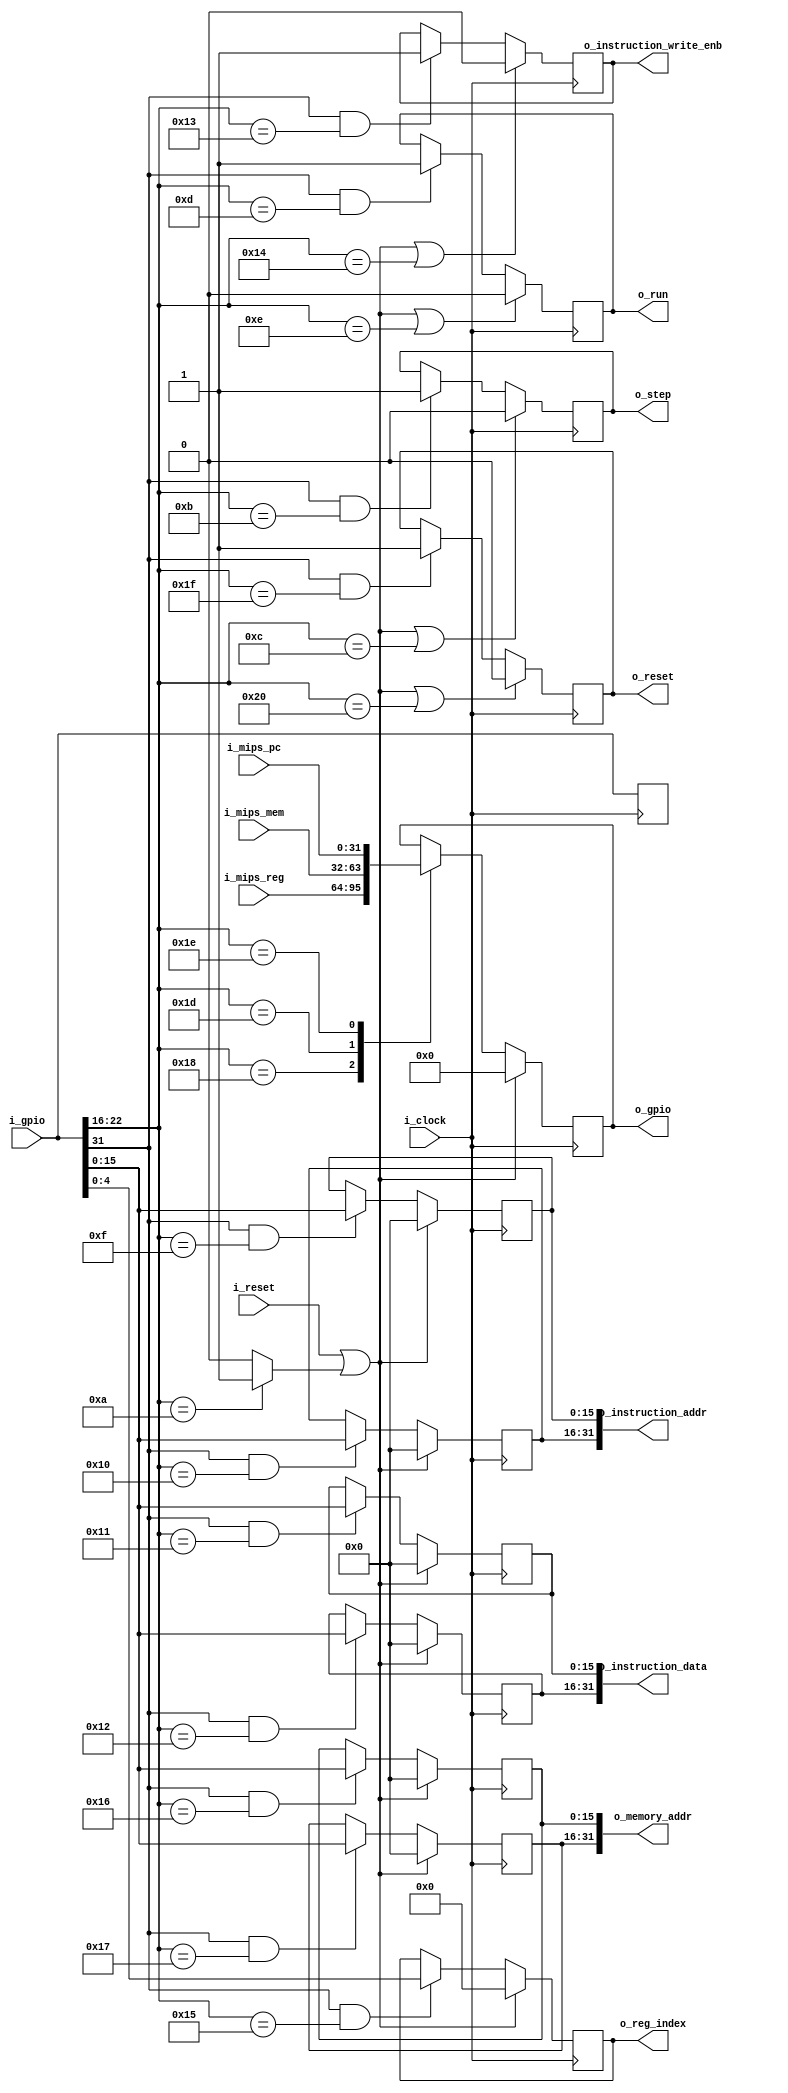
`timescale 1ns / 100ps

/*
    Operaciones que debe soportar :
        - setear el registro step
        - limpiar el registro step
        - setear el registro run
        - limpiar el registro run
        - setear intr_addr_low
        - setear intr_addr_high
        - setear intr_data_low
        - setear intr_data_high
        - setear instr_wite_enable
        - limpiar instr_write_enable
        - setear index para seleccionar lectura de algun registro
        - setear memory_read_addr_low
        - setear memory_read_addr_high
        - setear output_data con el mips_data_rf
*/

module debug_unit
#(
    parameter NB_GPIO       = 32,
    parameter NB_PC         = 32,
    parameter N_REG         = 32,
    parameter _NB_INDEX_REG = $clog2(N_REG)
    
 )
 (
    input  wire                             i_clock,
    input  wire                             i_reset,
    input  wire [NB_GPIO - 1 : 0]           i_gpio,

    input  wire [NB_GPIO - 1 : 0]           i_mips_reg,
    input  wire [NB_GPIO - 1 : 0]           i_mips_mem,
    input  wire [NB_GPIO - 1 : 0]           i_mips_pc,


    output wire [NB_GPIO - 1 : 0]           o_gpio,
    output wire                             o_run,
    output wire                             o_step,

    output wire [NB_PC - 1 : 0]             o_instruction_addr,
    output wire [NB_PC - 1 : 0]             o_instruction_data,
    output wire                             o_instruction_write_enb,

    output wire [NB_PC - 1 : 0]             o_memory_addr,
    output wire [_NB_INDEX_REG - 1 : 0]     o_reg_index,
    output wire                             o_reset
 );


localparam NB_ADDR      = 7;
localparam NB_DATA      = 24; // slice of data from i_gpio
localparam NB_HALF      = 16;

localparam POS_DATA     = 0;
localparam POS_ENABLE   = 31;
localparam POS_ADDR     = 16;



localparam [NB_ADDR - 1 : 0]    OP_CLR_ALL              = 'd10;
localparam [NB_ADDR - 1 : 0]    OP_SET_STEP             = 'd11;
localparam [NB_ADDR - 1 : 0]    OP_CLR_STEP             = 'd12;
localparam [NB_ADDR - 1 : 0]    OP_SET_RUN              = 'd13;
localparam [NB_ADDR - 1 : 0]    OP_CLR_RUN              = 'd14;
localparam [NB_ADDR - 1 : 0]    OP_SET_INSTR_ADDR_LOW   = 'd15;
localparam [NB_ADDR - 1 : 0]    OP_SET_INSTR_ADDR_HIGH  = 'd16;
localparam [NB_ADDR - 1 : 0]    OP_SET_INSTR_DATA_LOW   = 'd17;
localparam [NB_ADDR - 1 : 0]    OP_SET_INSTR_DATA_HIGH  = 'd18;
localparam [NB_ADDR - 1 : 0]    OP_SET_INSTR_WRITE_ENB  = 'd19;
localparam [NB_ADDR - 1 : 0]    OP_CLR_INSTR_WRITE_ENB  = 'd20;
localparam [NB_ADDR - 1 : 0]    OP_SET_REG_INDEX        = 'd21;
localparam [NB_ADDR - 1 : 0]    OP_SET_MEM_ADDR_LOW     = 'd22;
localparam [NB_ADDR - 1 : 0]    OP_SET_MEM_ADDR_HIGH    = 'd23;
localparam [NB_ADDR - 1 : 0]    OP_GET_ODATA_MIPS_RF    = 'd24;
localparam [NB_ADDR - 1 : 0]    OP_GET_ODATA_IF_ID      = 'd25;
localparam [NB_ADDR - 1 : 0]    OP_GET_ODATA_ID_EX      = 'd26;
localparam [NB_ADDR - 1 : 0]    OP_GET_ODATA_EX_MEM     = 'd27;
localparam [NB_ADDR - 1 : 0]    OP_GET_ODATA_MEM_WRB    = 'd28;
localparam [NB_ADDR - 1 : 0]    OP_GET_ODATA_MEMORY     = 'd29;
localparam [NB_ADDR - 1 : 0]    OP_GET_ODATA_PC         = 'd30;

localparam [NB_ADDR - 1 : 0]    OP_SET_RESET_UP         = 'd31;
localparam [NB_ADDR - 1 : 0]    OP_SET_RESET_DOWN       = 'd32;



// Input port slice signals
wire [NB_ADDR - 1 : 0]      input_addr;
wire [NB_DATA - 1 : 0]      input_data;
wire                        input_enable;
wire                        clr_all;


//registro para que no joda que hay cosas desconectadas
(* keep = "true" *) reg [NB_GPIO - 1 : 0] todo;

assign input_addr   = i_gpio[POS_ADDR +: NB_ADDR];
assign input_data   = i_gpio[POS_DATA +: NB_DATA] ;
assign input_enable = i_gpio[POS_ENABLE] ;
assign clr_all      = (input_addr == OP_CLR_ALL) ? 1'b1 : 1'b0;

// instruction config regs
reg [NB_HALF - 1 : 0]       instruction_data_low;
reg [NB_HALF - 1 : 0]       instruction_data_high;

reg [NB_HALF - 1 : 0]       instruction_addr_low;
reg [NB_HALF - 1 : 0]       instruction_addr_high;

reg                         instruction_write_enable;

reg                         reset;
// decode_reg_read
reg [_NB_INDEX_REG - 1 : 0] reg_index;

//memory addr read
reg [NB_HALF - 1 : 0]       memory_addr_low;
reg [NB_HALF - 1 : 0]       memory_addr_high;

//Ejecution control
reg                         step;
reg                         run;

reg [NB_GPIO - 1 : 0]       output_data;
reg [NB_GPIO - 1 : 0]       output_data_next;

//Ports

assign o_run                    = run;
assign o_step                   = step;
assign o_instruction_addr       = {instruction_addr_high, instruction_addr_low};
assign o_instruction_data       = {instruction_data_high, instruction_data_low};
assign o_instruction_write_enb  = instruction_write_enable;

assign o_memory_addr            = {memory_addr_high, memory_addr_low};
assign o_reg_index              = reg_index;

assign o_reset                  = reset;

always @ (posedge i_clock)
begin
    todo <= i_gpio;
end
//----------------- write logic ---------------------------//

// Instruction setup
always @ (posedge i_clock)
begin
    if (i_reset || clr_all)
        instruction_data_low <= 0;
    else if (input_enable && input_addr == OP_SET_INSTR_DATA_LOW )
        instruction_data_low <= input_data[0 +: NB_HALF];
end

always @ (posedge i_clock)
begin
    if (i_reset || clr_all)
        instruction_data_high <= 0;
    else if (input_enable && input_addr == OP_SET_INSTR_DATA_HIGH)
        instruction_data_high <= input_data[0 +: NB_HALF];
end

always @ (posedge i_clock)
begin
    if (i_reset || clr_all)
        instruction_addr_low <= 0;
    else if (input_enable && input_addr == OP_SET_INSTR_ADDR_LOW )
        instruction_addr_low <= input_data[0 +: NB_HALF];
end

always @ (posedge i_clock)
begin
    if (i_reset || clr_all)
        instruction_addr_high <= 0;
    else if (input_enable && input_addr == OP_SET_INSTR_ADDR_HIGH )
        instruction_addr_high <= input_data[0 +: NB_HALF];
end

always @ (posedge i_clock)
begin
    if (i_reset || clr_all || (input_addr == OP_CLR_INSTR_WRITE_ENB))
        instruction_write_enable <= 0;
    else if (input_enable && input_addr == OP_SET_INSTR_WRITE_ENB )
        instruction_write_enable <= 1;
end

//register index
always @ (posedge i_clock)
begin
    if (i_reset || clr_all)
        reg_index <= 0;
    else if (input_enable && input_addr == OP_SET_REG_INDEX)
        reg_index <= input_data[0 +: _NB_INDEX_REG];
end

// memory
always @ (posedge i_clock)
begin
    if (i_reset || clr_all)
        memory_addr_low <= 0;
    else if (input_enable && input_addr == OP_SET_MEM_ADDR_LOW )
        memory_addr_low <= input_data[0 +: NB_HALF];
end

always @ (posedge i_clock)
begin
    if (i_reset || clr_all)
        memory_addr_high <= 0;
    else if (input_enable && input_addr == OP_SET_MEM_ADDR_HIGH )
        memory_addr_high <= input_data[0 +: NB_HALF];
end


//Ejecution control
always @ (posedge i_clock)
begin
    if (i_reset || clr_all || (input_addr == OP_CLR_RUN))
        run <= 0;
    else if (input_enable && input_addr == OP_SET_RUN )
        run <= 1;
end

always @ (posedge i_clock)
begin
    if (i_reset || clr_all || (input_addr == OP_CLR_STEP))
        step <= 0;
    else if (input_enable && input_addr == OP_SET_STEP)
        step <= 1;
end

always @ (posedge i_clock)
begin
    if (i_reset || clr_all || (input_addr == OP_SET_RESET_DOWN))
        reset <= 0;
    else if (input_enable && input_addr == OP_SET_RESET_UP)
        reset <= 1;
end


//----------------- read logic ---------------------------//
always @ (*)
begin
    output_data_next = output_data;
    case (input_addr)
    OP_GET_ODATA_MIPS_RF:   output_data_next = i_mips_reg;
    OP_GET_ODATA_MEMORY :   output_data_next = i_mips_mem;
    OP_GET_ODATA_PC     :   output_data_next = i_mips_pc;
    endcase
end



always @ (posedge i_clock)
begin
    if (i_reset || clr_all)
        output_data <= 0;
    else
        output_data <= output_data_next;
end

assign o_gpio = output_data;


endmodule